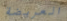
العريضة